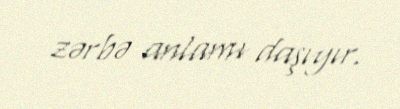
zərbə anlamı daşıyır.